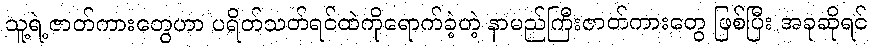
သူ့ရဲ့ဇာတ်ကားတွေဟာ ပရိတ်သတ်ရင်ထဲကိုရောက်ခဲ့တဲ့ နာမည်ကြီးဇာတ်ကားတွေ ဖြစ်ပြီး အခုဆိုရင်